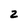
Character: z